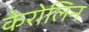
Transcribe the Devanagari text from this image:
केरोलिन